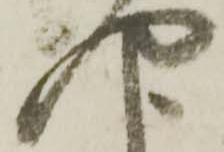
や